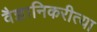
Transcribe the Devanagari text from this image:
वैज्ञानिकरीत्या